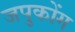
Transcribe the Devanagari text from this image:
जपुकोंग